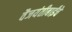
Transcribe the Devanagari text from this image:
वैजयंतीबाईंचे